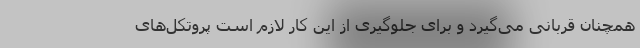
همچنان قربانی می‌گیرد و برای جلوگیری از این کار لازم است پروتکل‌های